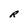
Character: R